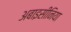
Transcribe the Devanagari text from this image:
अबाइसीनिया